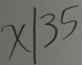
x \vert 3 5